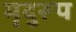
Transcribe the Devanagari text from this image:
मृदुरूप